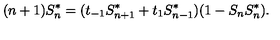
( n + 1 ) S _ { n } ^ { * } = ( t _ { - 1 } S _ { n + 1 } ^ { * } + t _ { 1 } S _ { n - 1 } ^ { * } ) ( 1 - S _ { n } S _ { n } ^ { * } ) .